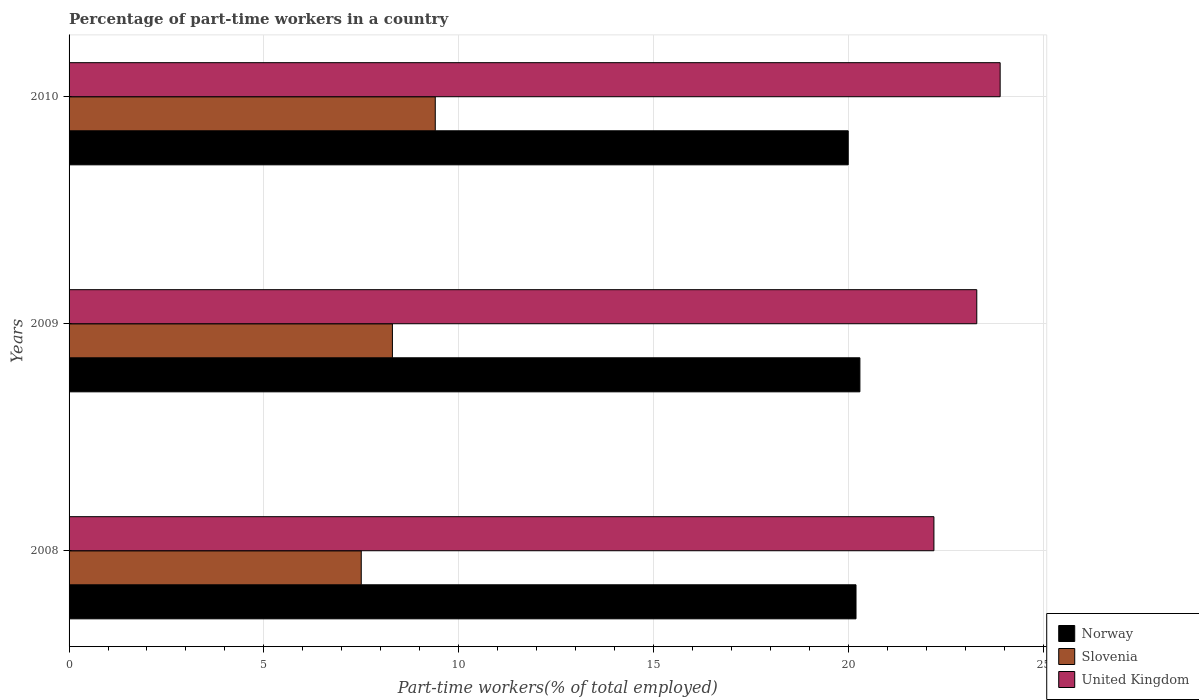
| Years | Norway | Slovenia | United Kingdom |
 | --- | --- | --- | --- |
 | 2008 | 20.2 | 7.5 | 22.2 |
 | 2009 | 20.3 | 8.3 | 23.3 |
 | 2010 | 20 | 9.4 | 23.9 |